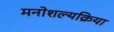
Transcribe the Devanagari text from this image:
मनोशल्यक्रिया